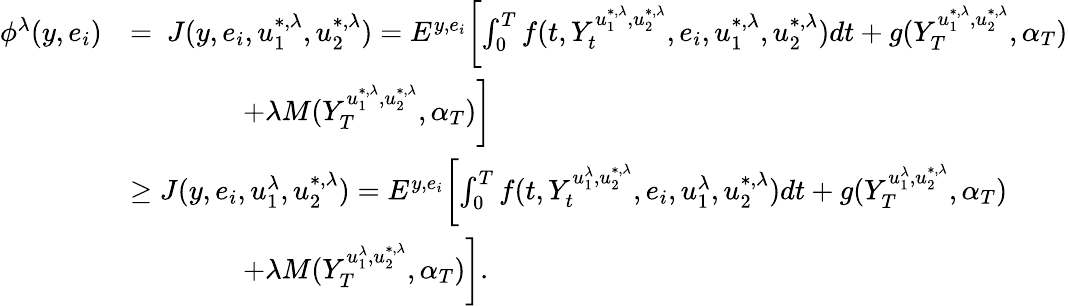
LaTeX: \begin{array}{rl}{\phi^{\lambda}(y,e_{i})}&{=\ J(y,e_{i},u_{1}^{*,\lambda},u_{2}^{*,\lambda})=E^{y,e_{i}}\biggl[\int_{0}^{T}f(t,Y_{t}^{u_{1}^{*,\lambda},u_{2}^{*,\lambda}},e_{i},u_{1}^{*,\lambda},u_{2}^{*,\lambda})dt+g(Y_{T}^{u_{1}^{*,\lambda},u_{2}^{*,\lambda}},\alpha_{T})}\\ &{\qquad\qquad+\lambda M(Y_{T}^{u_{1}^{*,\lambda},u_{2}^{*,\lambda}},\alpha_{T})\biggr]}\\ &{\geq J(y,e_{i},u_{1}^{\lambda},u_{2}^{*,\lambda})=E^{y,e_{i}}\biggl[\int_{0}^{T}f(t,Y_{t}^{u_{1}^{\lambda},u_{2}^{*,\lambda}},e_{i},u_{1}^{\lambda},u_{2}^{*,\lambda})dt+g(Y_{T}^{u_{1}^{\lambda},u_{2}^{*,\lambda}},\alpha_{T})}\\ &{\qquad\qquad+\lambda M(Y_{T}^{u_{1}^{\lambda},u_{2}^{*,\lambda}},\alpha_{T})\biggr].}\end{array}